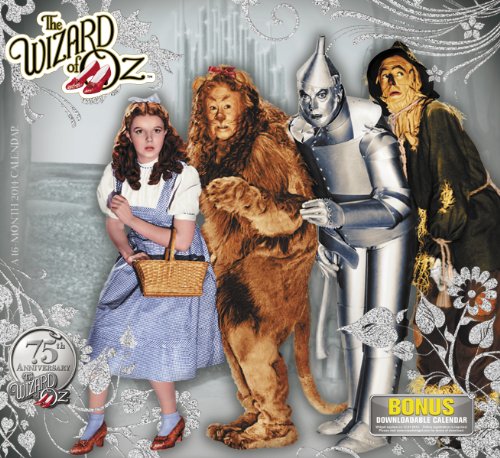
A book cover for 2014 The Wizard of Oz Wall Calendar; Warner Bros Consumer Products; Calendars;